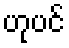
ဟုပင်